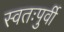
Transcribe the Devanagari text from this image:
स्वतःपुर्वी